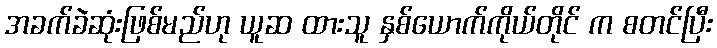
အခက်ခဲဆုံးဖြစ်မည်ဟု ယူဆ ထားသူ နှစ်ယောက်ကိုယ်တိုင် က စတင်ပြီး